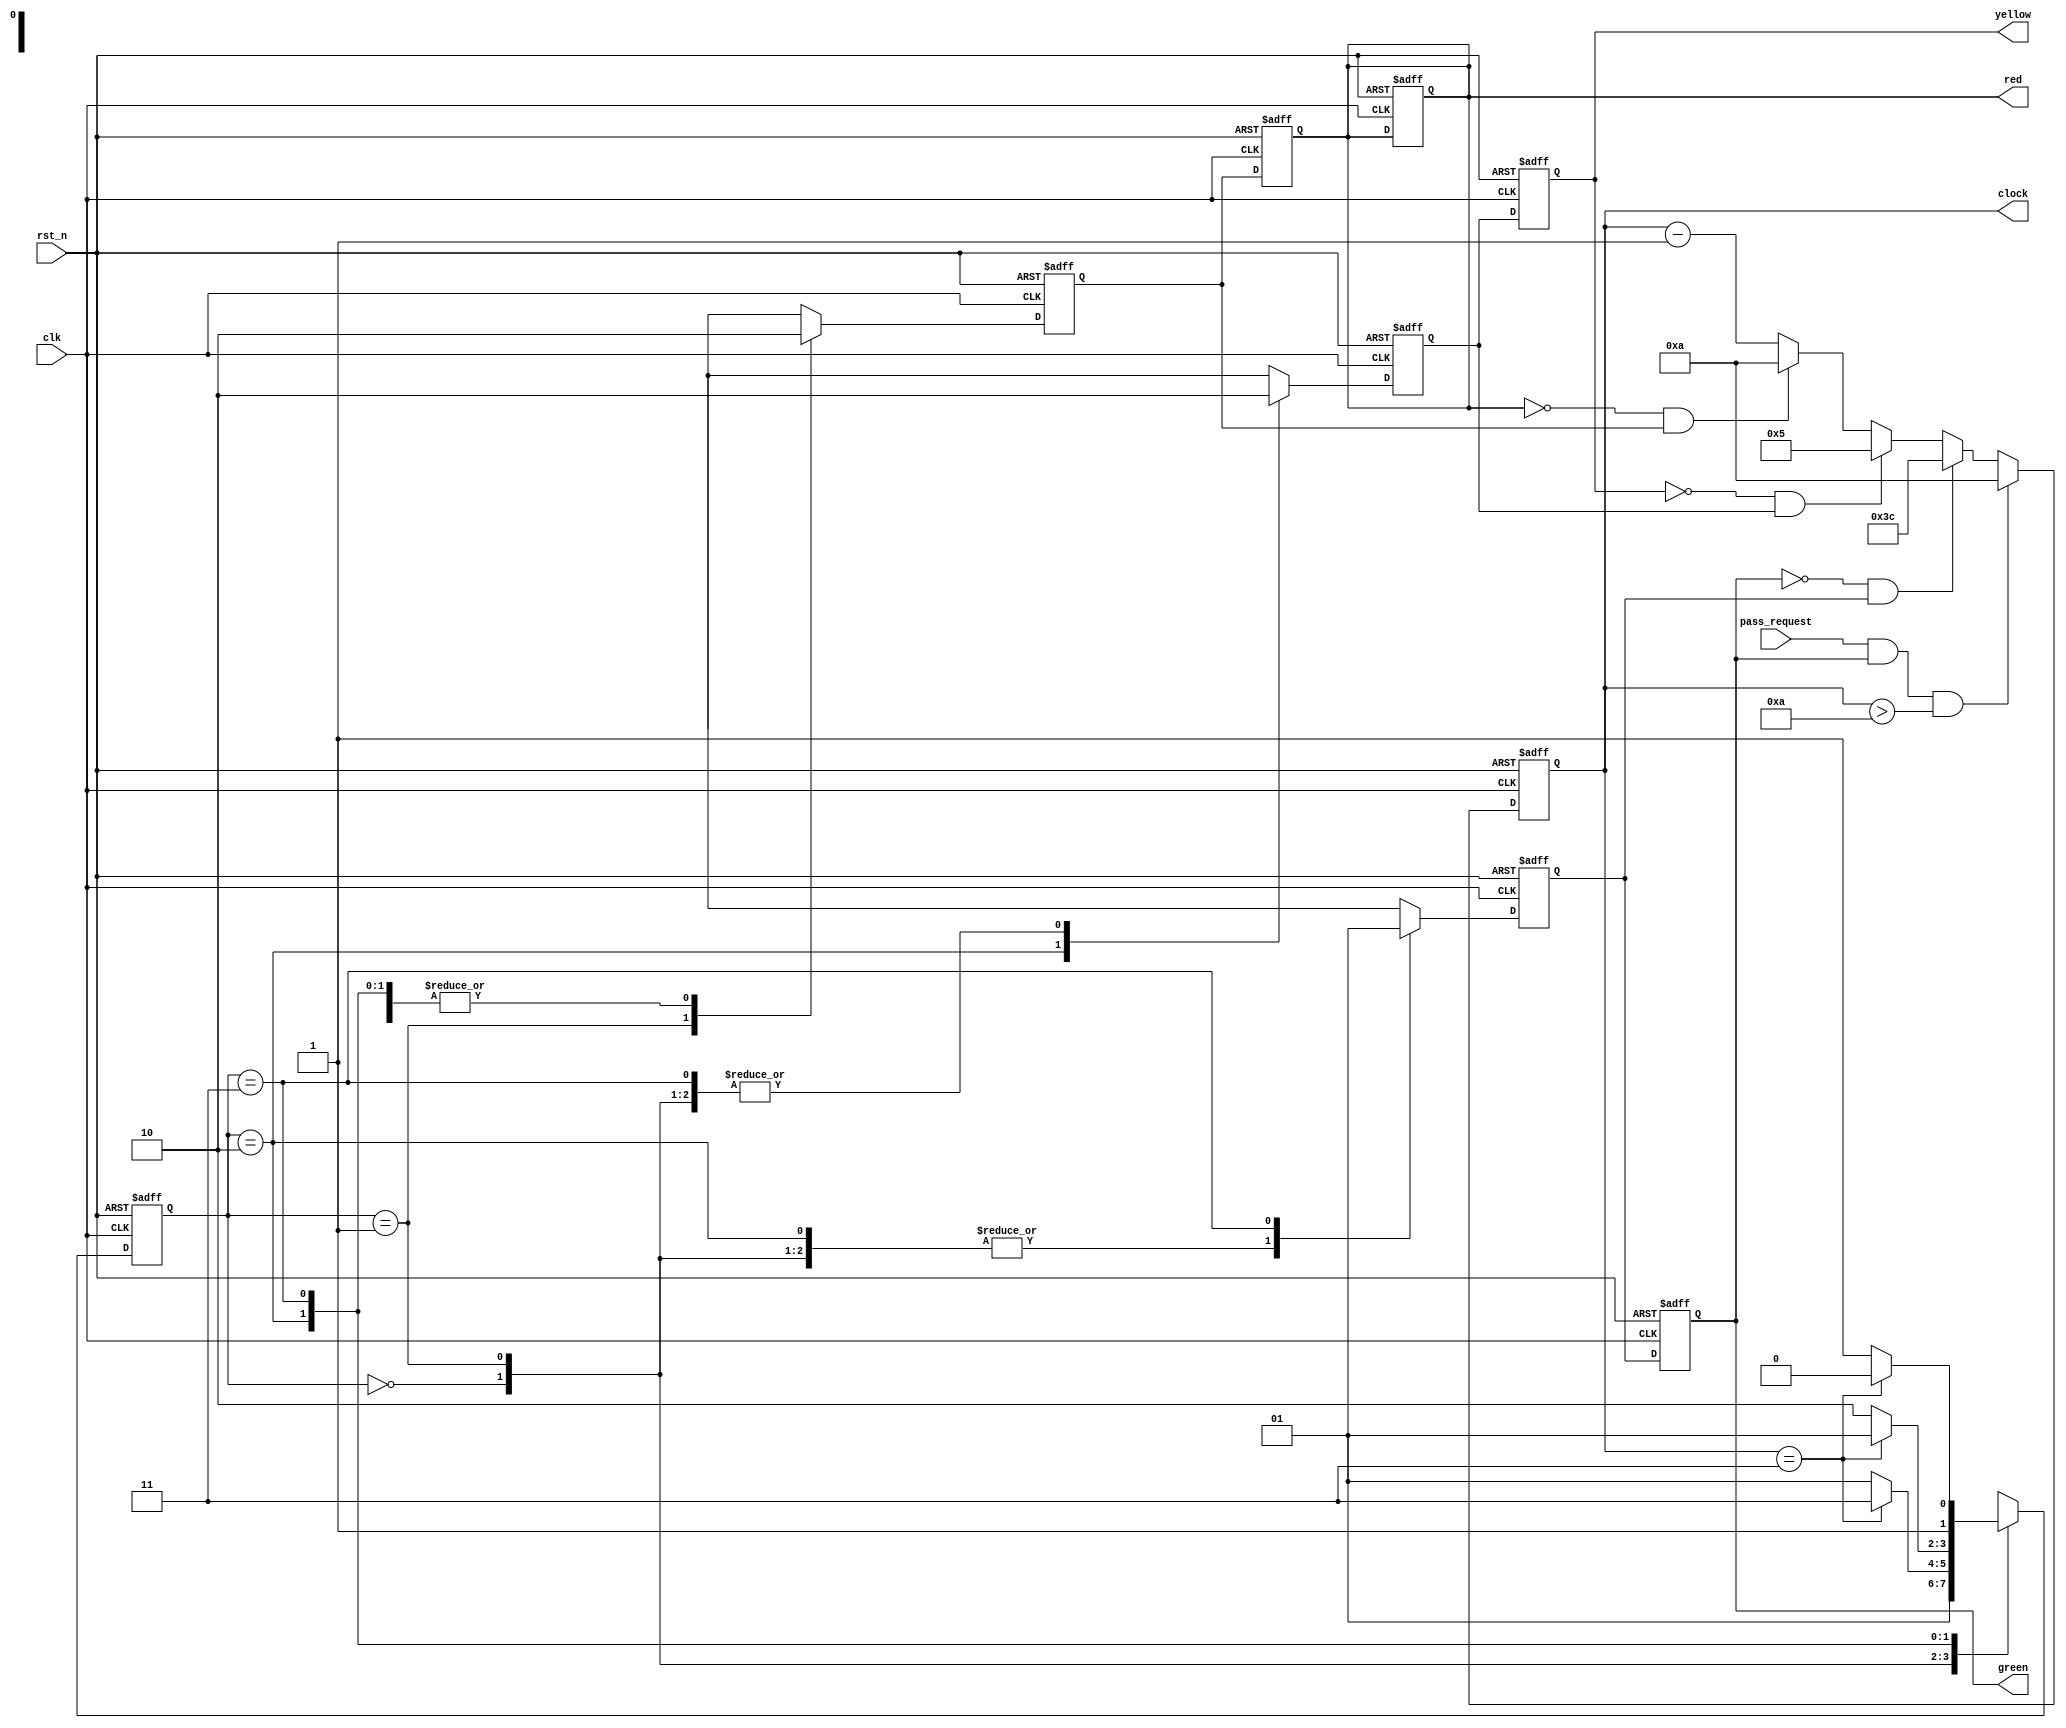
`timescale 1ns/1ns

module traffic_light
    (
      input rst_n, 
      input clk, 
      input pass_request,
      output wire[7:0]clock,
      output reg red,
      output reg yellow,
      output reg green
    );
	
	parameter 	idle = 2'd0,
				s1_red = 2'd1,
				s2_yellow = 2'd2,
				s3_green = 2'd3;
	reg [7:0] cnt;
	reg [1:0] state;
	reg p_red,p_yellow,p_green;	


always @(posedge clk or negedge rst_n) 
    begin
        if(!rst_n)
        begin
			state <= idle;
			p_red <= 1'b0;
			p_green <= 1'b0;
			p_yellow <= 1'b0;
                        red <= 1'b1;			
        end
        else case(state)
		idle:
			begin
				p_red <= 1'b0;
				p_green <= 1'b0;
				p_yellow <= 1'b0;
				state <= s1_red;
			end
		s1_red:
			begin
				p_red <= 1'b1;
				p_green <= 1'b0;
				p_yellow <= 1'b0;
				if (cnt == 3) 
					state <= s3_green;
				else
					state <= s1_red;
			end
		s2_yellow:
			begin
				p_red <= 1'b0;
				p_green <= 1'b0;
				p_yellow <= 1'b1;
				if (cnt == 3) 
					state <= s1_red;
				else
					state <= s2_yellow;
			end
		s3_green:
			begin
				p_red <= 1'b0;
				p_green <= 1'b1;
				p_yellow <= 1'b0;
				if (cnt == 3) 
					state <= s2_yellow;
				else
					state <= s3_green;
			end
		endcase
	end
 
always @(posedge clk or negedge rst_n) 
      if(!rst_n)
			cnt <= 7'd10;
		else if (pass_request&&green&&(cnt>10))
			cnt <= 7'd10;
		else if (!green&&p_green)
			cnt <= 7'd60;
		else if (!yellow&&p_yellow)
			cnt <= 7'd5;
		else if (!red&&p_red)
			cnt <= 7'd10;	
		else cnt <= cnt -1;
 assign clock = cnt;

always @(posedge clk or negedge rst_n) 
        if(!rst_n)
			begin
				yellow <= 1'd0;
				red <= 1'd0;
				green <= 1'd0;
			end
		else 
			begin
				yellow <= p_yellow;
				red <= p_red;
				green <= p_green;
			end		

endmodule